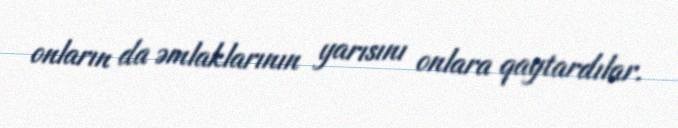
onların da əmlaklarının yarısını onlara qaytardılar.